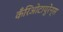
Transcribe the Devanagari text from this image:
कँरिओटायुरेन्स